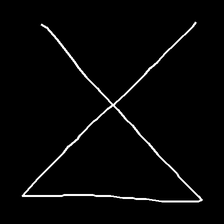
Glyph: collection